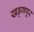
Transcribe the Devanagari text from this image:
खड्गपूर